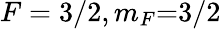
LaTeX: F=3/2,m_{F}{=}3/2